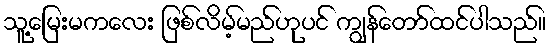
သူ့မြေးမကလေး ဖြစ်လိမ့်မည်ဟုပင် ကျွန်တော်ထင်ပါသည်။